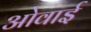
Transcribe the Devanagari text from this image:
ओवाई